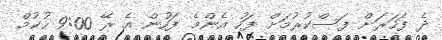
ދެ ފަހަރަށް ފަސްކުރުމަށް ފަހު އެންމެ ފަހުން އެ ރޭ 9:00 ހުކުމް